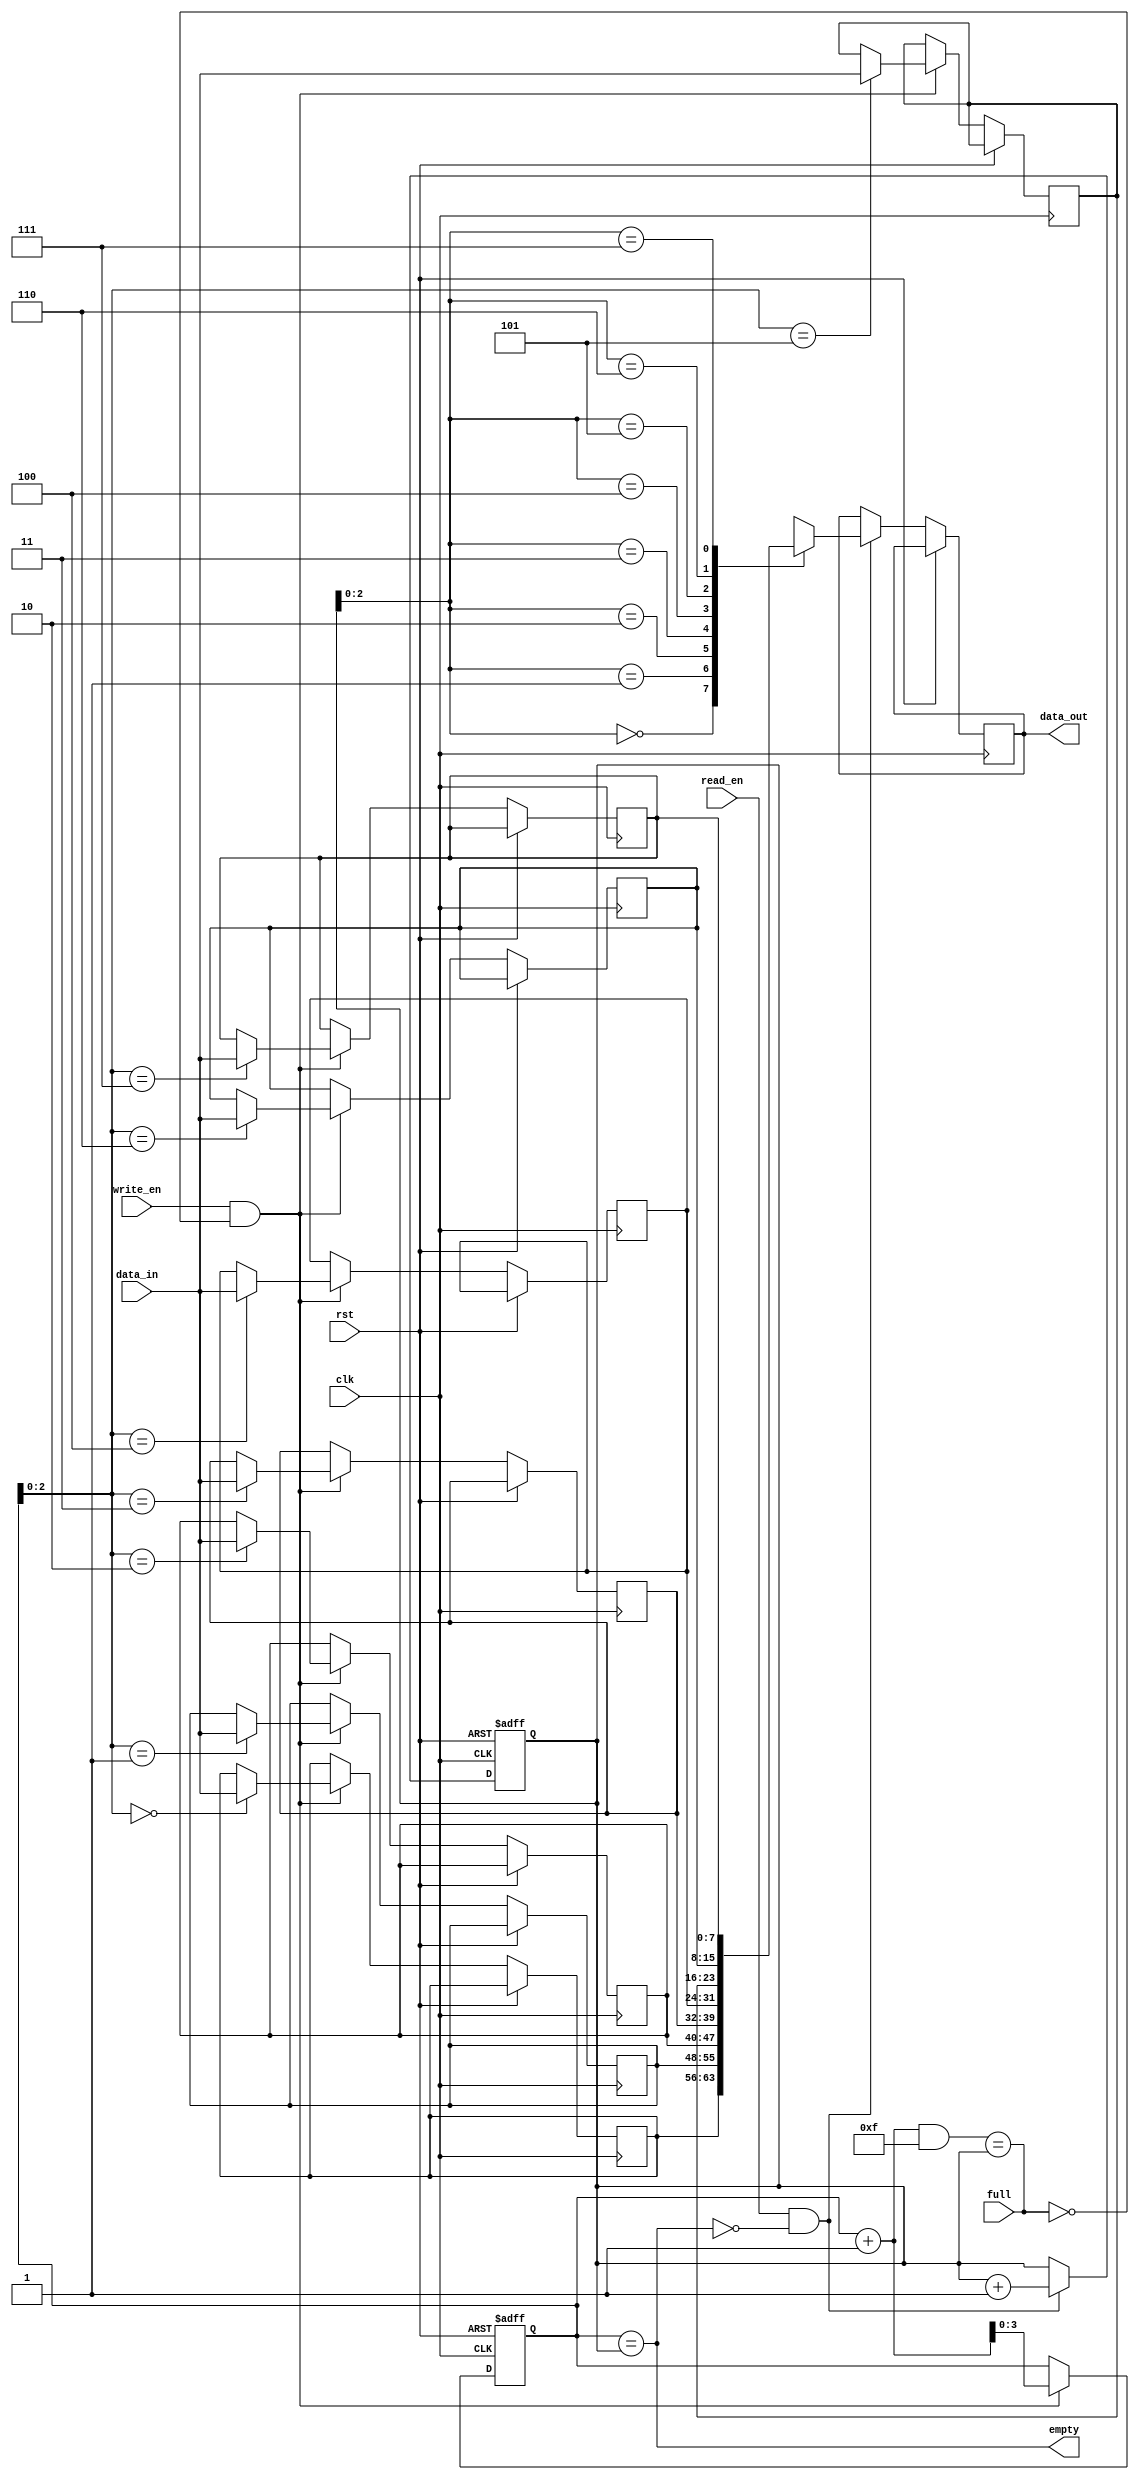
module synchronous_fifo (
 input wire clk,
 input wire rst,
 input wire write_en,
 input wire read_en,
 input wire [7:0] data_in,
 output reg [7:0] data_out,
 input wire full,
 output wire empty
 );

 reg [7:0] memory [7:0];
 reg [3:0] write_ptr;
 reg [3:0] read_ptr;

 always @(posedge clk or posedge rst) begin
   if (rst) begin
     write_ptr <= 4'b0;
     read_ptr <= 4'b0;
   end else begin
     if (write_en && !full) begin
       memory[write_ptr] <= data_in;
       write_ptr <= write_ptr + 1;
     end
     
     if (read_en && !empty) begin
       data_out <= memory[read_ptr];
       read_ptr <= read_ptr + 1;
     end
   end
 end

 assign empty = (write_ptr == read_ptr);
 assign full = ((write_ptr + 1) & 4'd15) == read_ptr;

 endmodule